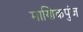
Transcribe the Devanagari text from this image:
माणिकपुंज